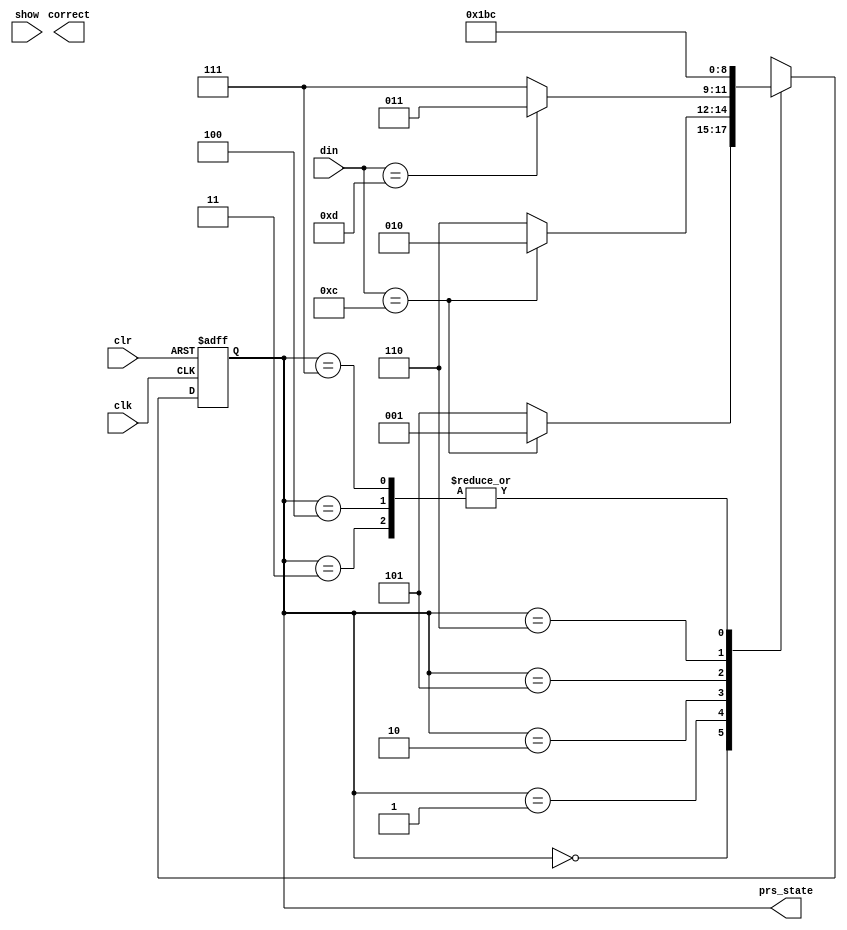
`timescale 1ns / 1ps
module Fsm(
    input clk,
    input clr ,
    input[3:0] din,
    output reg correct,
    output reg [2:0] prs_state ,
    input show
    );
    
   
    parameter s0 = 3'b000 , s1 = 3'b001 , s2 = 3'b010, s3 = 3'b011, s4 = 3'b100, s5 = 3'b101 , s6= 3'b110, s7 = 3'b111   ;
     reg [2:0] next_state=s1 ;    
    always@(posedge clk or posedge clr) begin
        if ( clr )
            prs_state<=0;
        else 
            prs_state <= next_state;
    end
    
    always@(prs_state) begin
    
            case(prs_state) 
            s0: begin
                if (din == 4'b1100)
                    next_state = s1;
                else 
                    next_state = s5;
                end
            s1:
                begin
                    if (din==4'b1100)
                        next_state = s2;
                     else 
                        next_state = s6;
                end
            s2:
                begin
                    if(din==4'b1101)
                        next_state = s3;
                    else 
                        next_state = s7; 
                end
            s3: next_state = s4;
            s4: next_state= s4;
            s5: next_state =s6;
            s6:next_state = s7;
            s7: next_state = s4;
            default : next_state = s0;
            endcase
        end
    
    
    
    
    
    
endmodule